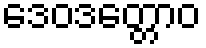
ဒေဝဒတ္တောဝ